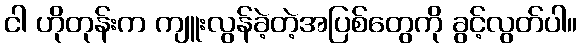
ငါ ဟိုတုန်းက ကျူးလွန်ခဲ့တဲ့အပြစ်တွေကို ခွင့်လွတ်ပါ။